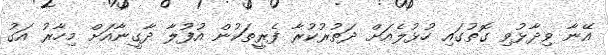
އޭނާ ވިދާޅުވި ގޮތުގައި ހުޅުލެއަށް ދަތުރުކުރާ ފެރީތަކުން އުފުލާ ދާގީނާއަށް މިހާރު އަގު